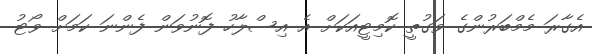
އެގާރަ މެމްބަރުންގެ ވަގުތީ ކޮމިޓީއަކަށް އެ އިސްލާހު ފޮނުވަން ފެންނަ ކަމަށް ވޯޓު